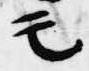
モ